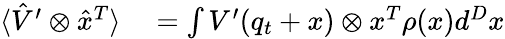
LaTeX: \begin{array}{rl}{\langle\hat{V}^{\prime}\otimes\hat{x}^{T}\rangle}&{{}=\int V^{\prime}(q_{t}+x)\otimes x^{T}\rho(x)d^{D}x}\end{array}